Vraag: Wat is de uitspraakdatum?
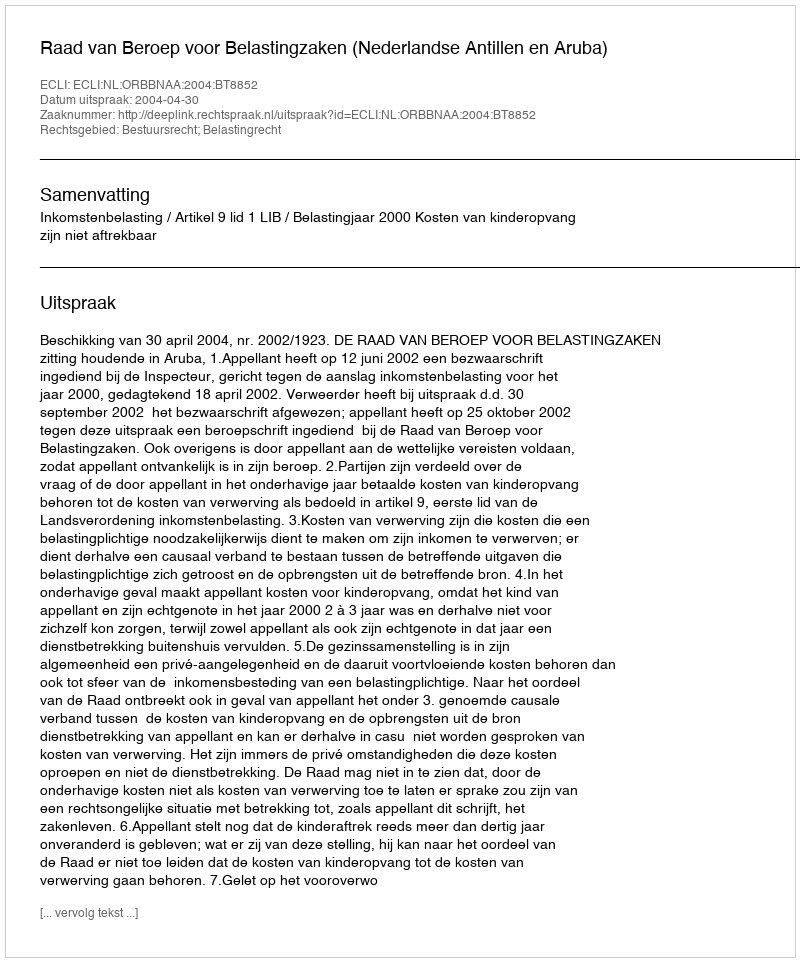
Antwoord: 2004-04-30